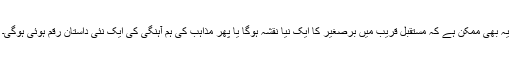
یہ بھی ممکن ہے کہ مستقبل قریب میں برصغیر کا ایک نیا نقشہ ہوگا یا پھر مذاہب کی ہم آہنگی کی ایک نئی داستان رقم ہوئی ہوگی۔